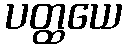
ပတ္ထယေ